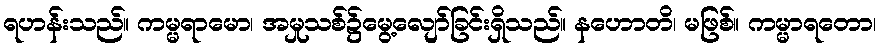
ရဟန်းသည်။ ကမ္မရာမော၊ အမှုသစ်၌မွေ့လျော်ခြင်းရှိသည်။ နဟောတိ၊ မဖြစ်။ ကမ္မာရတော၊